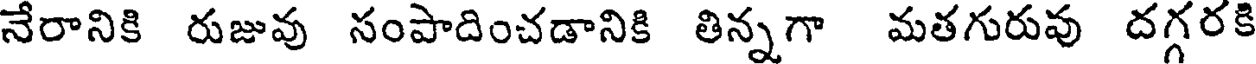
నేరానికి రుజువు సంపాదించడానికి తిన్నగా మతగురువు దగ్గరకి